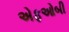
એફઓબી